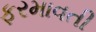
ફરમાવતી